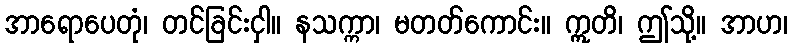
အာရောပေတုံ၊ တင်ခြင်းငှါ။ နသက္ကာ၊ မတတ်ကောင်း။ ဣတိ၊ ဤသို့။ အာဟ၊